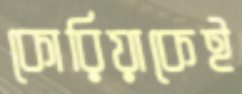
কোরিয়াকেই